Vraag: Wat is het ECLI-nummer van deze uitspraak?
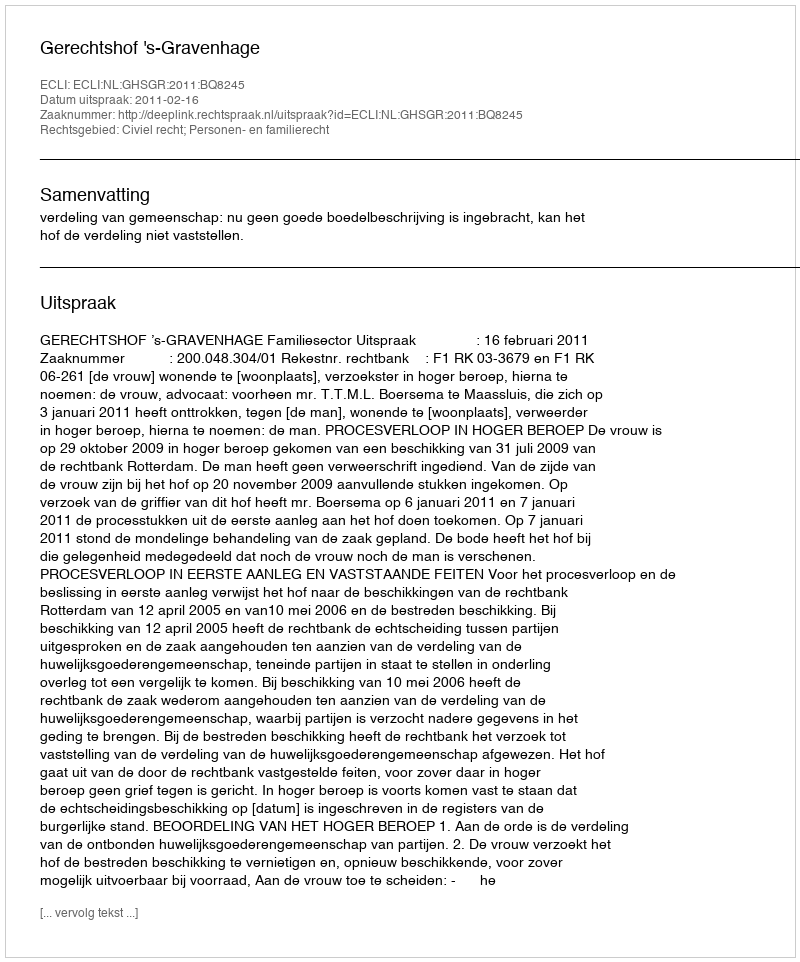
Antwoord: ECLI:NL:GHSGR:2011:BQ8245